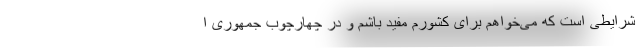
شرایطی است که می‌خواهم برای کشورم مفید باشم و در چهارچوب جمهوری ا